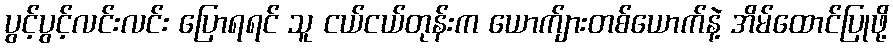
ပွင့်ပွင့်လင်းလင်း ပြောရရင် သူ ငယ်ငယ်တုန်းက ယောက်ျားတစ်ယောက်နဲ့ အိမ်ထောင်ပြုဖို့